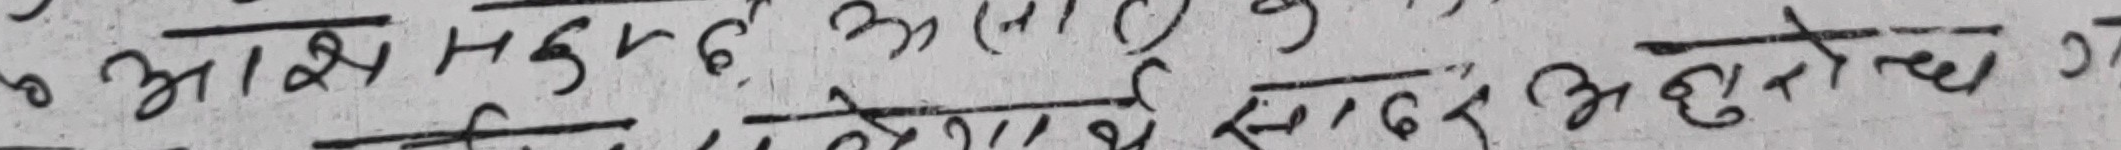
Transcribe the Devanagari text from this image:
आज्ञ मुद्गढ अनाथमा छुड्ग ३ छ ए भनेमा